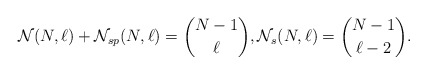
\begin{align*}{\cal{N}}(N,\ell) + {\cal{N}}_{sp}(N,\ell) = { N-1 \choose \ell},{\cal{N}}_{s}(N,\ell) ={N-1 \choose \ell -2}.\end{align*}